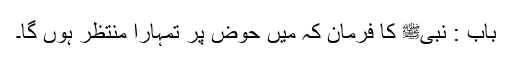
باب : نبیﷺ کا فرمان کہ میں حوض پر تمہارا منتظر ہوں گا۔